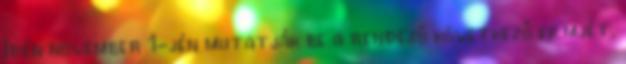
Idén november 1-jén mutatják be a rendező következő filmjét,